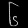
Digit: ၆